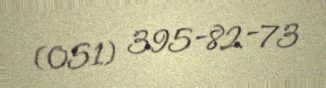
(051) 395-82-73